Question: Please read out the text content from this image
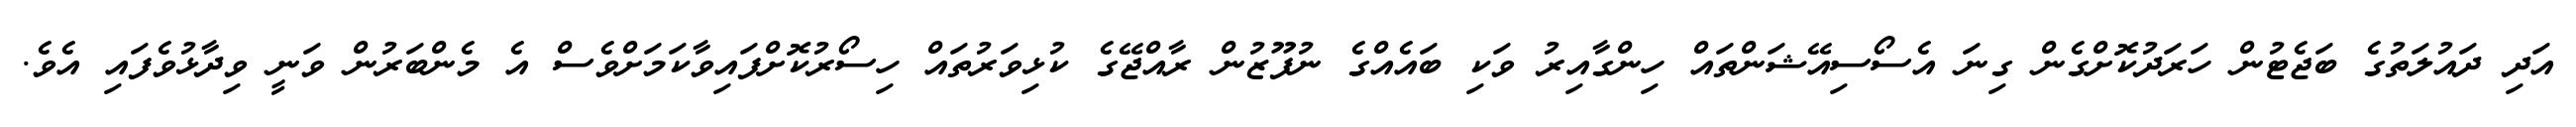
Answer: އަދި ދައުލަތުގެ ބަޖެޓުން ހަރަދުކޮށްގެން ގިނަ އެސޯސިއޭޝަންތައް ހިންގާއިރު ވަކި ބައެއްގެ ނުފޫޒުން ރާއްޖޭގެ ކުޅިވަރުތައް ހިސޯރުކޮށްފައިވާކަމަށްވެސް އެ މެންބަރުން ވަނީ ވިދާޅުވެފައި އެވެ.